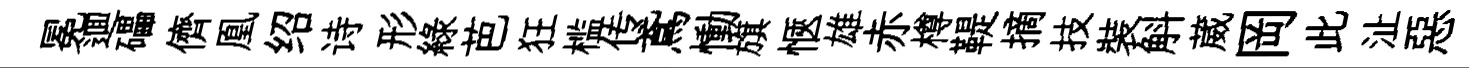
冕逥礧儕凰绍诗形綠芭狂槛传鳶慟旗愜雄赤樽鞮摘技裝斛葳岡此沚惡